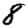
Digit: 8